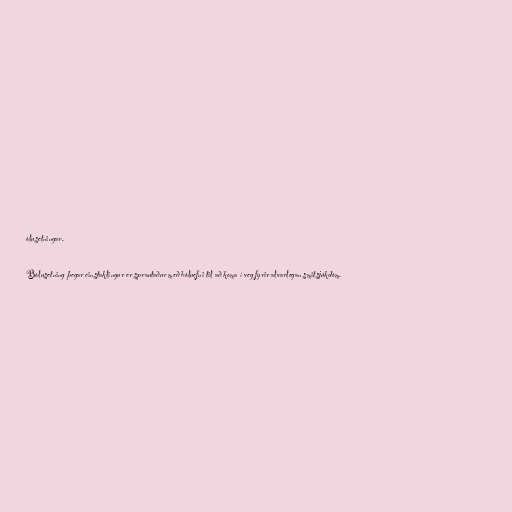
ólusetningar.

Bólusetning þegar einstaklingur er sprautaður með bóluefni til að koma í veg fyrir alvarlegan smitsjúkdóm.